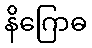
နိဂြောဓ